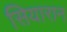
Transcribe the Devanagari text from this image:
सियारान